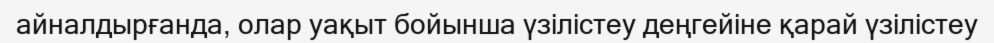
айналдырғанда, олар уақыт бойынша үзілістеу деңгейіне қарай үзілістеу